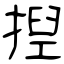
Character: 揑